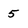
Character: 5